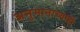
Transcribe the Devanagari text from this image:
अनुमानाच्याही